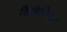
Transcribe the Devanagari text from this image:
डिलेनिआ